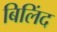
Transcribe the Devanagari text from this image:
बिलिंद